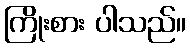
ကြိုးစား ပါသည်။